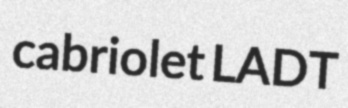
cabriolet LADT